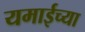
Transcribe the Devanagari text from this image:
यमाईच्या